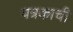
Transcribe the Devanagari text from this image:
पत्रकाची